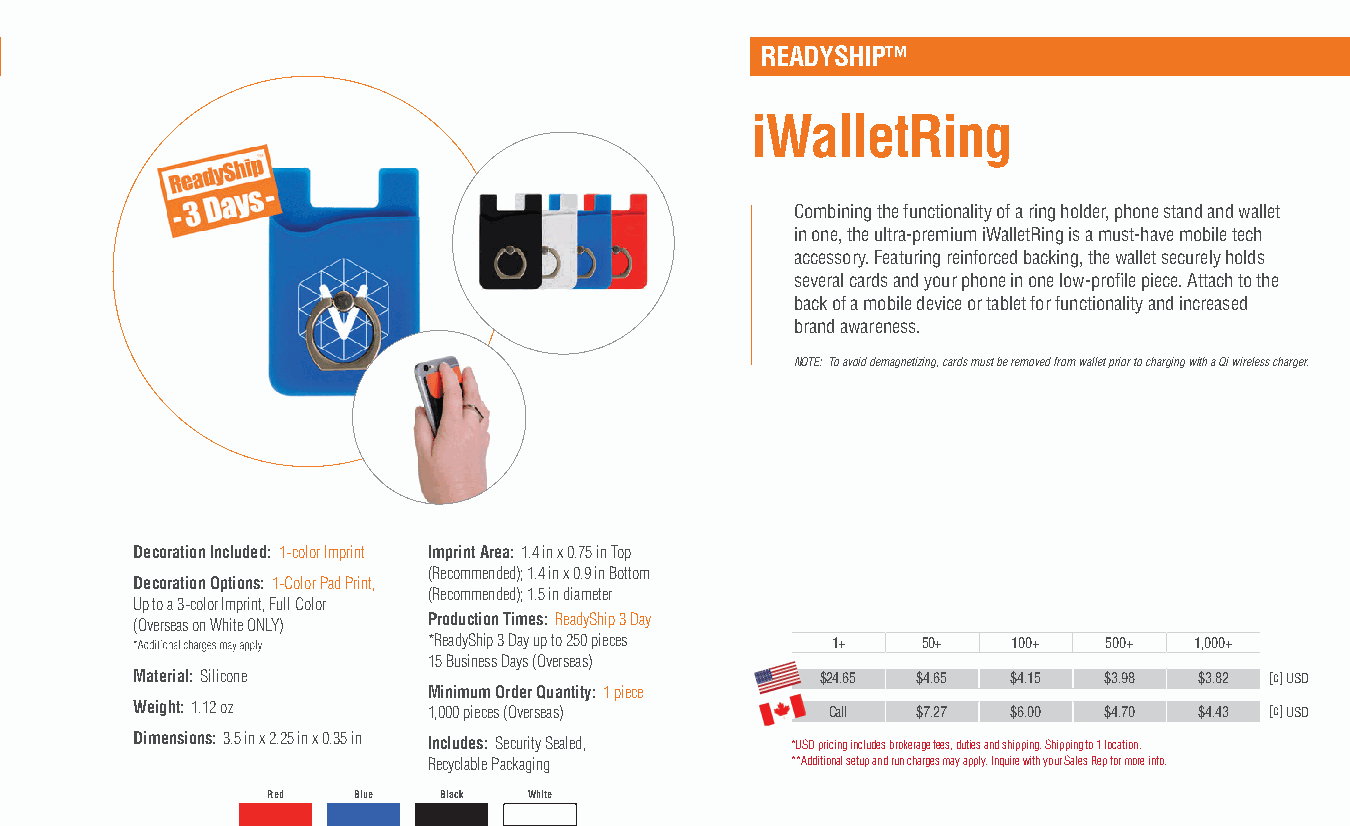
READYSHIP™
 iWalletRing
 Combining the functionality of a ring holder, phone stand and wallet
 in one, the ultra-premium iWalletRing is a must-have mobile tech
 accessory. Featuring reinforced backing, the wallet securely holds
 several cards and your phone in one low-profile piece. Attach to the
 back of a mobile device or tablet for functionality and increased
 brand awareness.
 NOTE: To avoid demagnetizing, cards must be removed from wallet prior to charging with a Qi wireless charger.
 Decoration Included: 1-color Imprint Imprint Area: 1.4 in x 0.75 in Top
 (Recommended); 1.4 in x 0.9 in Bottom
 Decoration Options: 1-Color Pad Print,
 (Recommended); 1.5 in diameter
 Up to a 3-color Imprint, Full Color
 (Overseas on White ONLY) Production Times: ReadyShip 3 Day
 *ReadyShip 3 Day up to 250 pieces 1+ 50+ 100+ 500+ 1,000+
 15 Business Days (Overseas)
 Material: Silicone                           $24.65 $4.65 $4.15 $3.98 $3.82 [c] USD
 Minimum Order Quantity: 1 piece
 Weight: 1.12 oz    1,000 pieces (Overseas)    Call  $7.27 $6.00 $4.70 $4.43 [c] USD
 Dimensions: 3.5 in x 2.25 in x 0.35 in Includes: Security Sealed, *USD pricing includes brokerage fees, duties and shipping. Shipping to 1 location.
 Recyclable Packaging    **Additional setup and run charges may apply. Inquire with your Sales Rep for more info.
 Red  Blue  Black White